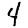
Digit: 4